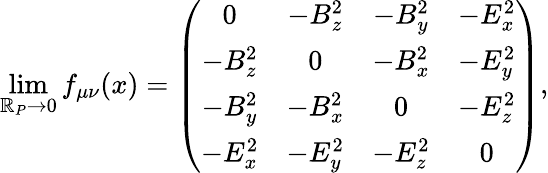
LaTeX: \operatorname*{lim}_{\mathbb{R}_{P}\rightarrow0}f_{\mu\nu}(x)=\left(\begin{array}{cccc}{{0}}&{{-B_{z}^{2}}}&{{-B_{y}^{2}}}&{{-E_{x}^{2}}}\\ {{-B_{z}^{2}}}&{{0}}&{{-B_{x}^{2}}}&{{-E_{y}^{2}}}\\ {{-B_{y}^{2}}}&{{-B_{x}^{2}}}&{{0}}&{{-E_{z}^{2}}}\\ {{-E_{x}^{2}}}&{{-E_{y}^{2}}}&{{-E_{z}^{2}}}&{{0}}\end{array}\right),